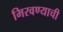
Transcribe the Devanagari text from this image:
मिरवण्याची